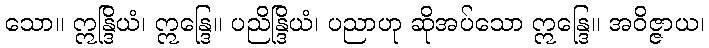
သော။ ဣန္ဒြိယံ၊ ဣန္ဒြေ။ ပညိန္ဒြိယံ၊ ပညာဟု ဆိုအပ်သော ဣန္ဒြေ။ အဝိဇ္ဇာယ၊